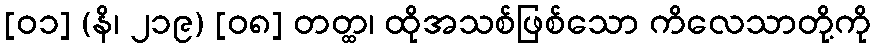
[၀၁] (နိ၊ ၂၁၉) [၀၈] တတ္ထ၊ ထိုအသစ်ဖြစ်သော ကိလေသာတို့ကို